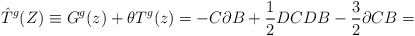
\begin{align*}\hat T^g(Z) \equiv G^g (z) + \theta T^{g} (z) =-C\partial B +\frac{1}{2}DCDB-\frac{3}{2}\partial C B =\end{align*}